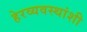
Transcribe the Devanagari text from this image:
हेरव्यवस्थांशी